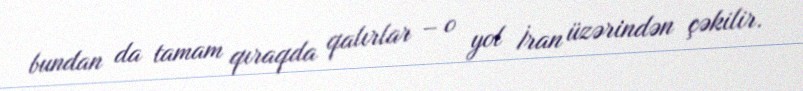
bundan da tamam qıraqda qalırlar – o yol İran üzərindən çəkilir.